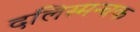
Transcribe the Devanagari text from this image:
दलिस्मन्चक